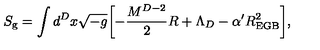
S _ { \mathrm { g } } = \int d ^ { D } x \sqrt { - g } \biggl [ - \frac { M ^ { D - 2 } } { 2 } R + \Lambda _ { D } - \alpha ^ { \prime } R _ { \mathrm { E G B } } ^ { 2 } \biggr ] ,